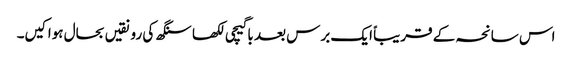
اس سانحہ کے قریباً ایک برس بعد باگیچی لکھا سنگھ کی رونقیں بحال ہوا کیں۔